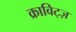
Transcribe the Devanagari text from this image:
क्राविट्ज़